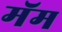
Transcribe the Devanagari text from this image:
मॅम